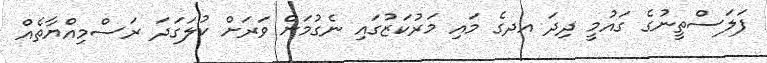
ފަލަސްތީނުގެ ގައުމީ ދިދަ އދގެ މައި މަރުކަޒުގައި ނެގުމަށް ވަރަށް ކުލަގަދަ ރަސްމިއްޔާތެއް